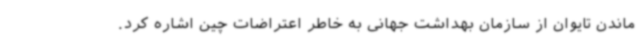
ماندن تایوان از سازمان بهداشت جهانی به خاطر اعتراضات چین اشاره کرد.